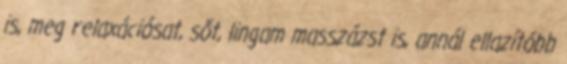
is, meg relaxációsat, sőt, lingam masszázst is, annál ellazítóbb